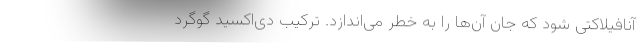
آنافیلاکتی شود که جان آن‌ها را به خطر می‌اندازد. ترکیب دی‌اکسید گوگرد